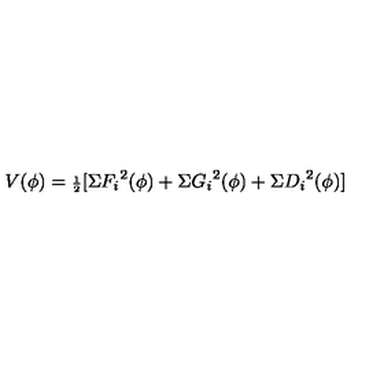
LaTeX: V ( \phi ) = { \scriptstyle { \frac { 1 } { 2 } } } [ \Sigma { F _ { i } } ^ { 2 } ( \phi ) + \Sigma { G _ { i } } ^ { 2 } ( \phi ) + \Sigma { D _ { i } } ^ { 2 } ( \phi ) ]